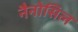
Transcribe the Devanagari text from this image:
नैनोसिल